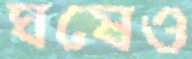
ঘষেও